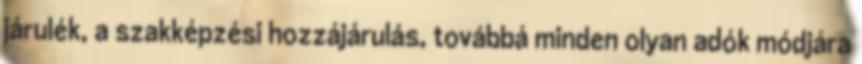
járulék, a szakképzési hozzájárulás, továbbá minden olyan adók módjára